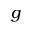
g